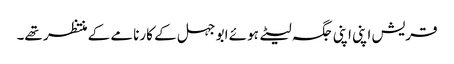
قریش اپنی اپنی جگہ لیٹے ہوئے ابو جہل کے کارنامے کے منتظر تھے۔